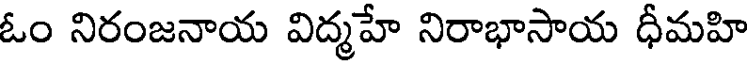
ఓం నిరంజనాయ విద్మహే నిరాభాసాయ ధీమహి